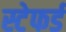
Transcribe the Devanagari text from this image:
स्टेफर्ड